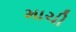
માચી